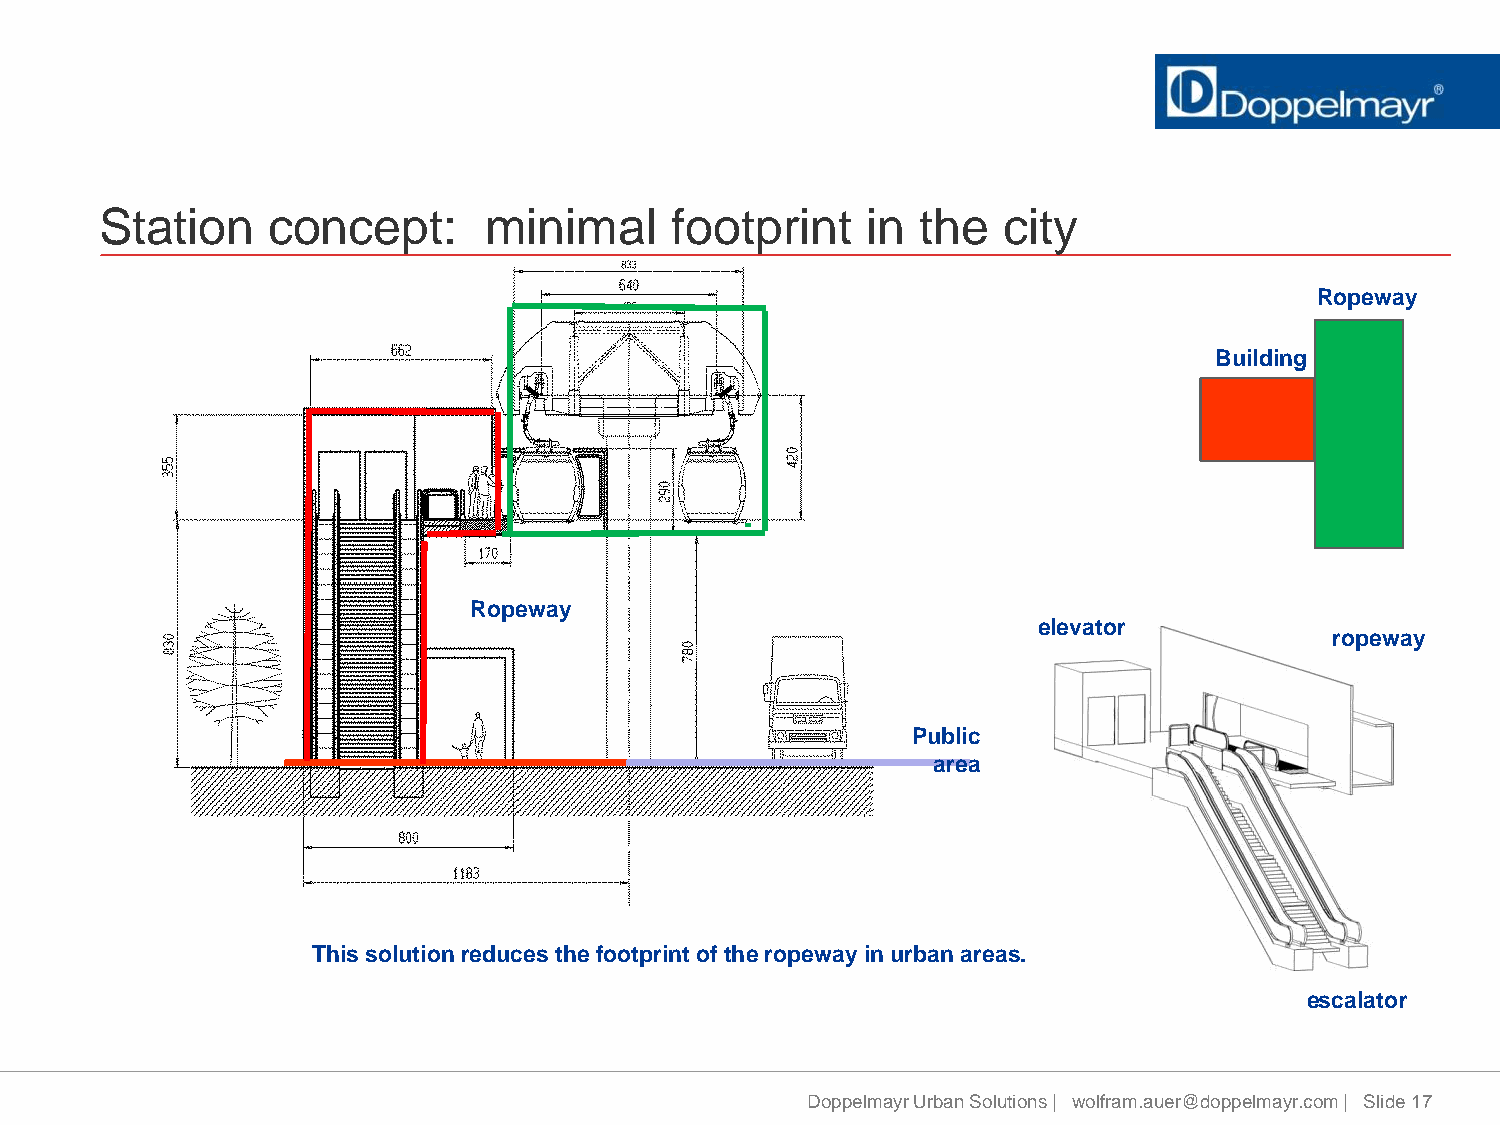
Station    concept:      minimal      footprint   in  the  city
 Ropeway
 Building
 Ropeway
 elevator
 ropeway
 Public
 area
 This solution reduces the footprint of the ropeway in urban areas.
 escalator
 Doppelmayr Urban Solutions | wolfram.auer@doppelmayr.com | Slide 17